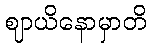
ဈာယိနောမှာတိ